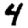
Digit: 4